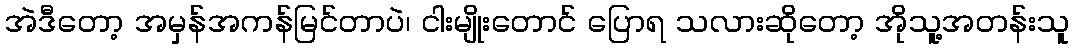
အဲဒီတော့ အမှန်အကန်မြင်တာပဲ၊ ငါးမျိုးတောင် ပြောရ သလားဆိုတော့ အိုသူ့အတန်းသူ